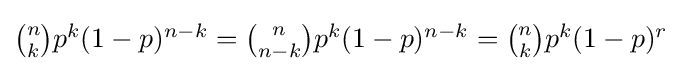
{\textstyle {\binom {n}{k}}p^{k}(1-p)^{n-k}={\binom {n}{n-k}}p^{k}(1-p)^{n-k}={\binom {n}{k}}p^{k}(1-p)^{r}}